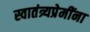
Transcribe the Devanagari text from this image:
स्वातंत्र्यप्रेमींना